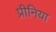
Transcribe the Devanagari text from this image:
प्रीनिया